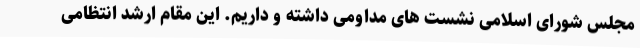
مجلس شورای اسلامی نشست های مداومی داشته و داریم. این مقام ارشد انتظامی